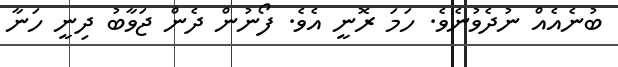
ބުނެއެއް ނުދެވުނެވެ. ހަމަ ރޮނީ އެވެ. ފޯނުން ދެން ޖަވާބު ދިނީ ހަނާ